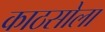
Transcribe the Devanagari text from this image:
काठसोला